Vaccination United Provinces of Agra and Oudh 1914-1922 - 1914-1922
Year: 1914
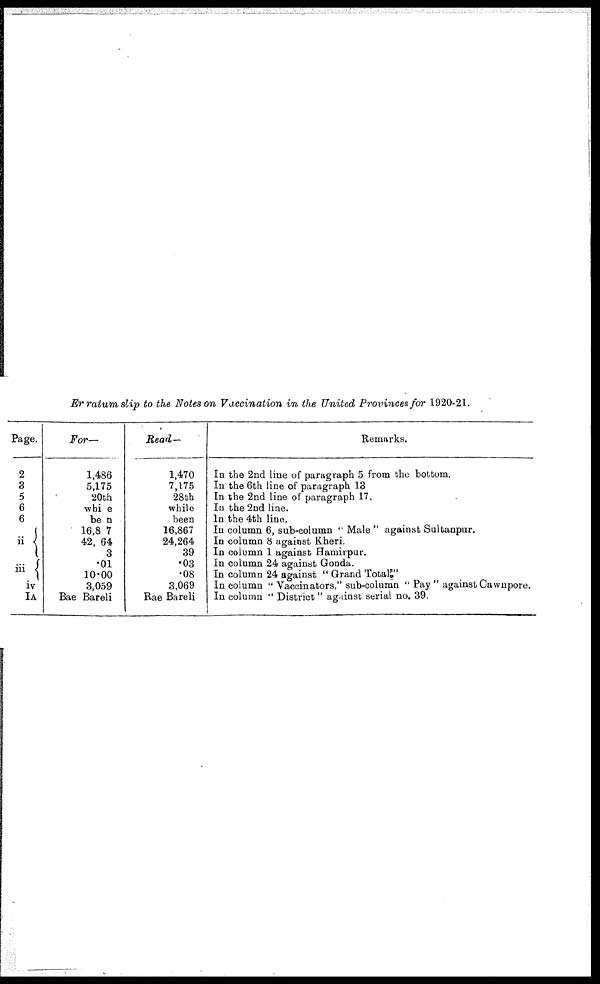
Erratum slip to the Notes on Vaccination in the United Provinces for 1920-21.
Page.
2
3
5
6
6
ii
iii
iv
IA
For—
1,486
5,175
20th
whi e
be n
16,8 7
42, 64
3
.01
10.00
3,059
Bae Bareli
Read—
1,470
7,175
28th
while
been
16,867
24,264
39
.03
.08
3,069
Rae Bareli
Remarks.
In the 2nd line of paragraph 5 from the bottom.
In the 6th line of paragraph 13
In the 2nd line of paragraph 17.
In the 2nd line.
In the 4th line.
In column 6, 6ub-column " Male " against Sultanpur.
In column 8 against Kheri
In column 1 against Hamitpur.
In column 24 against Gonda.
In column 24 against " Grand Total"
In column " Vaccinators," sub-column " Pay " against Cawnpore.
In column " District " against serial no. 39.